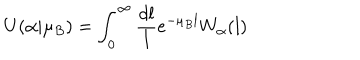
U ( \alpha | \mu _ { B } ) = \int _ { 0 } ^ { \infty } \frac { d l } { l } e ^ { - \mu _ { B } l } W _ { \alpha } ( l )